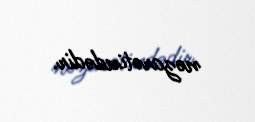
nəzarətindədir.